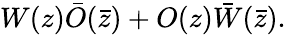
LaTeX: W(z)\bar{O}(\bar{z})+O(z)\bar{W}(\bar{z}).